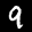
Label: 9